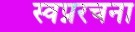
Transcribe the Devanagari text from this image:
स्वप्नरचना